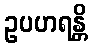
ဥပဟရန္တိ